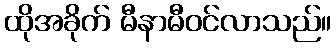
ထိုအခိုက် မီနာမီဝင်လာသည်။